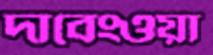
দাবেংওয়া